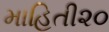
માહિતી૨૦